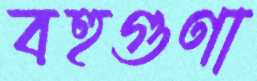
বহুগুণা